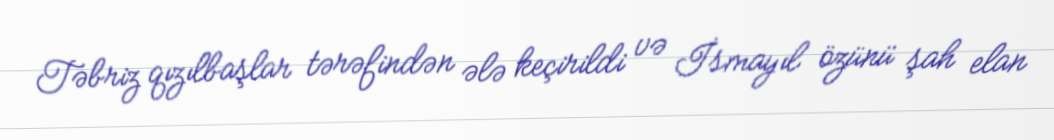
Təbriz qızılbaşlar tərəfindən ələ keçirildi və İsmayıl özünü şah elan